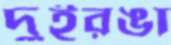
দুইরঙা